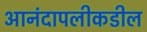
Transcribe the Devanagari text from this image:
आनंदापलीकडील